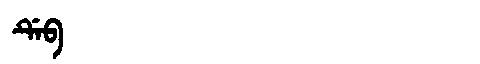
Manchu: ᡩᡝᠪ
Romanization: DEB